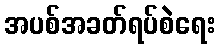
အပစ်အခတ်ရပ်စဲရေး